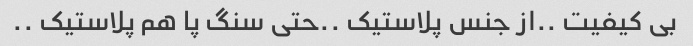
بی کیفیت ..از جنس پلاستیک ..حتی سنگ پا هم پلاستیک ..